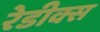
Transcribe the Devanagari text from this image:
रेडीक्स